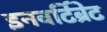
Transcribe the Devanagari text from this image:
इनवर्टिब्रेट